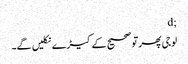
;d
لوجی پھر تو صحیح کے کیڑے نکلیں گے۔